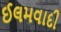
ઈલમવાદી